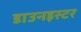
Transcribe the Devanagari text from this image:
डाउनइस्टर